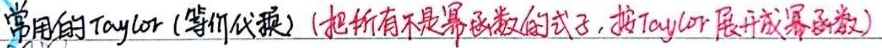
常用的Taylor (等价代换) (把所有不是幂函数的式子, 按Taylor展开成幂函数)